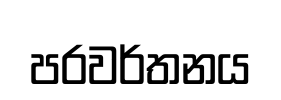
පරවර්තනය